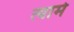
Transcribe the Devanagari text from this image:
त्यामे